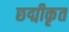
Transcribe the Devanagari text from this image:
छद्मीकृत